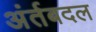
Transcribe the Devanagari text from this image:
अंर्तबदल